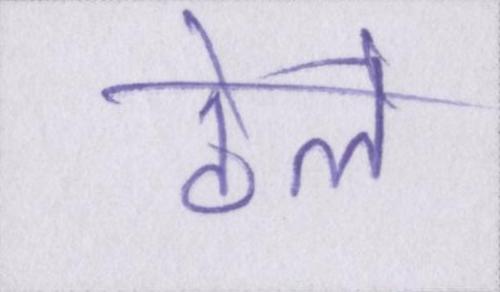
ठेले